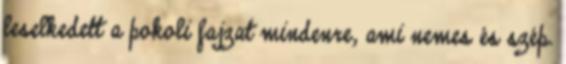
leselkedett a pokoli fajzat mindenre, ami nemes és szép.